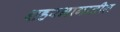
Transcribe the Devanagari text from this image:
शहरभागातील